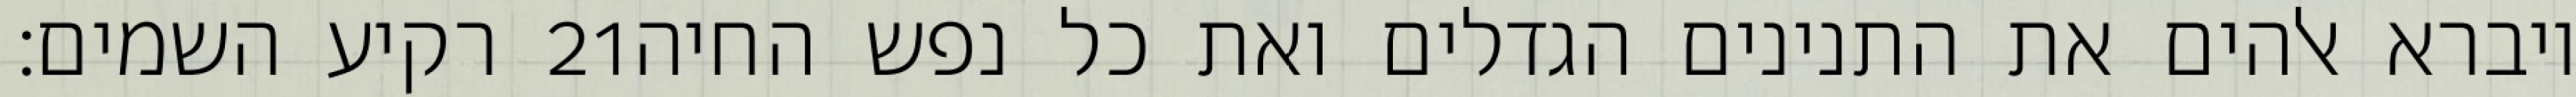
רקיע השמים׃ ‎21‏ ויברא אלהים את התנינים הגדלים ואת כל נפש החיה